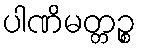
ပါဏိမတ္တဉ္စ